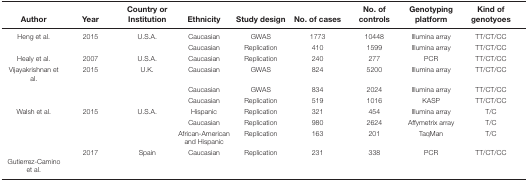
<table><thead><tr><td><b>Author</b></td><td><b>Year</b></td><td><b>Country or Institution</b></td><td><b>Ethnicity</b></td><td><b>Study design</b></td><td><b>No. of cases</b></td><td><b>No. of controls</b></td><td><b>Genotyping platform</b></td><td><b>Kind of genotyoes</b></td></tr></thead><tbody><tr><td>Heng et al.</td><td>2015</td><td>U.S.A.</td><td>Caucasian</td><td>GWAS</td><td>1773</td><td>10448</td><td>Illumina array</td><td>TT/CT/CC</td></tr><tr><td></td><td></td><td></td><td>Caucasian</td><td>Replication</td><td>410</td><td>1599</td><td>Illumina array</td><td>TT/CT/CC</td></tr><tr><td>Healy et al.</td><td>2007</td><td>U.S.A.</td><td>Caucasian</td><td>Replication</td><td>240</td><td>277</td><td>PCR</td><td>TT/CT/CC</td></tr><tr><td>Vijayakrishnan et al.</td><td>2015</td><td>U.K.</td><td>Caucasian</td><td>GWAS</td><td>824</td><td>5200</td><td>Illumina array</td><td>TT/CT/CC</td></tr><tr><td></td><td></td><td></td><td>Caucasian</td><td>GWAS</td><td>834</td><td>2024</td><td>Illumina array</td><td>TT/CT/CC</td></tr><tr><td></td><td></td><td></td><td>Caucasian</td><td>Replication</td><td>519</td><td>1016</td><td>KASP</td><td>TT/CT/CC</td></tr><tr><td>Walsh et al.</td><td>2015</td><td>U.S.A.</td><td>Hispanic</td><td>Replication</td><td>321</td><td>454</td><td>Illumina array</td><td>T/C</td></tr><tr><td></td><td></td><td></td><td>Caucasian</td><td>Replication</td><td>980</td><td>2624</td><td>Affymetrix array</td><td>T/C</td></tr><tr><td></td><td></td><td></td><td>African-American and Hispanic</td><td>Replication</td><td>163</td><td>201</td><td>TaqMan</td><td>T/C</td></tr><tr><td>Gutierrez-Camino et al.</td><td>2017</td><td>Spain</td><td>Caucasian</td><td>Replication</td><td>231</td><td>338</td><td>PCR</td><td>TT/CT/CC</td></tr></tbody></table>